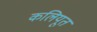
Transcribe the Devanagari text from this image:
कलियूत